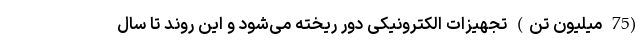
(75 میلیون تن) تجهیزات الکترونیکی دور ریخته می‌شود و این روند تا سال